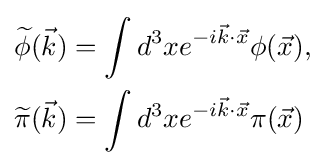
{\begin{aligned}{\widetilde {\phi }}({\vec {k}})&=\int d^{3}xe^{-i{\vec {k}}\cdot {\vec {x}}}\phi ({\vec {x}}),\\{\widetilde {\pi }}({\vec {k}})&=\int d^{3}xe^{-i{\vec {k}}\cdot {\vec {x}}}\pi ({\vec {x}})\end{aligned}}